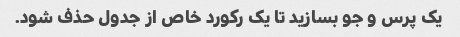
یک پرس و جو بسازید تا یک رکورد خاص از جدول حذف شود.